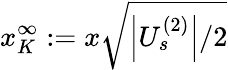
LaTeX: x_{K}^{\infty}:=x\sqrt{\left|U_{s}^{(2)}\right|/2}